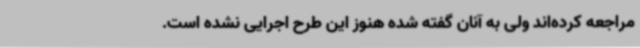
مراجعه کرده‌اند ولی به آنان گفته شده هنوز این طرح اجرایی نشده است.